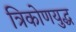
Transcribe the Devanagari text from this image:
त्रिकोणयुद्ध